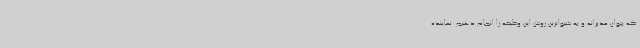
که بتوان مدبرانه و به شیواترین روش این وظیفه را انجام دهیم. نماینده